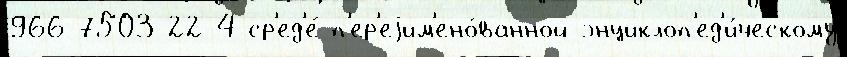
966-7503-22-4 ср'ед'е́ п'ер'еjим'ено́ванной энциклоп'ед'и́ческому